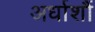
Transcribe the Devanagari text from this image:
अर्धाशौं